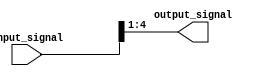
module part_select_assign(
    input [7:0] input_signal,
    output reg [3:0] output_signal
);

always @(*) begin
    output_signal = input_signal[4:1]; // Select bits 4 to 1 from input signal and assign to output signal
end

endmodule